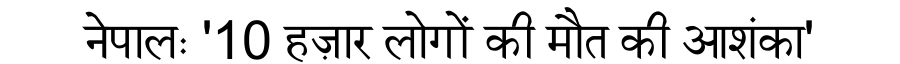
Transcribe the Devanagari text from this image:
नेपालः '10 हज़ार लोगों की मौत की आशंका'